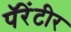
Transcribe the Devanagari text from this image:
पॅरेंटीर